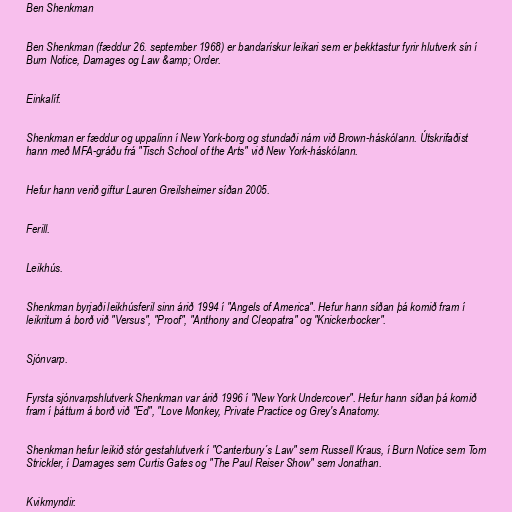
Ben Shenkman

Ben Shenkman (fæddur 26. september 1968) er bandarískur leikari sem er þekktastur fyrir hlutverk sín í
Burn Notice, Damages og Law &amp; Order.

Einkalíf.

Shenkman er fæddur og uppalinn í New York-borg og stundaði nám við Brown-háskólann. Útskrifaðist
hann með MFA-gráðu frá "Tisch School of the Arts" við New York-háskólann.

Hefur hann verið giftur Lauren Greilsheimer síðan 2005.

Ferill.

Leikhús.

Shenkman byrjaði leikhúsferil sinn árið 1994 í "Angels of America". Hefur hann síðan þá komið fram í
leikritum á borð við "Versus", "Proof", "Anthony and Cleopatra" og "Knickerbocker".

Sjónvarp.

Fyrsta sjónvarpshlutverk Shenkman var árið 1996 í "New York Undercover". Hefur hann síðan þá komið
fram í þáttum á borð við "Ed", "Love Monkey, Private Practice og Grey's Anatomy.

Shenkman hefur leikið stór gestahlutverk í "Canterbury´s Law" sem Russell Kraus, í Burn Notice sem Tom
Strickler, í Damages sem Curtis Gates og "The Paul Reiser Show" sem Jonathan.

Kvikmyndir.